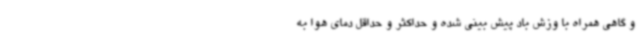
و گاهی همراه با وزش باد پیش بینی شده و حداکثر و حداقل دمای هوا به